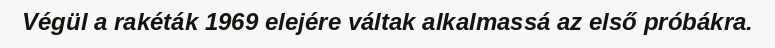
Végül a rakéták 1969 elejére váltak alkalmassá az első próbákra.